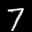
Label: 7